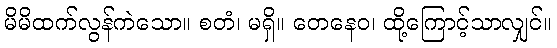
မိမိထက်လွန်ကဲသော။ စတံ၊ မရှိ။ တေနေဝ၊ ထို့ကြောင့်သာလျှင်။